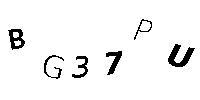
BG37PU